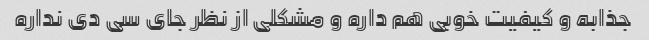
جذابه و کیفیت خوبی هم داره و مشکلی از نظر جای سی دی نداره